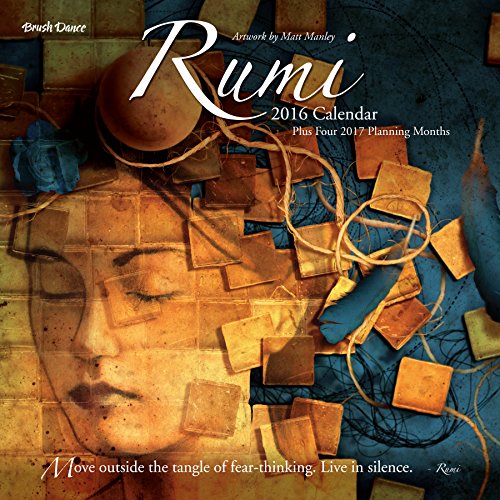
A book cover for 2016 Poetry of Rumi Wall Calendar; Brush Dance; Calendars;